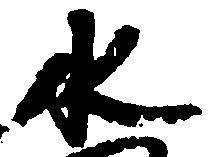
水